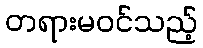
တရားမဝင်သည့်